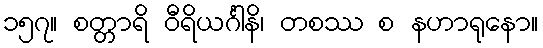
၁၅၇။ စတ္တာရိ ဝီရိယင်္ဂါနိ၊ တစဿ စ နဟာရုနော။